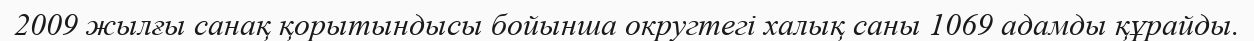
2009 жылғы санақ қорытындысы бойынша округтегі халық саны 1069 адамды құрайды.